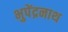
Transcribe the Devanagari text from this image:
भुपेंद्रनाथ